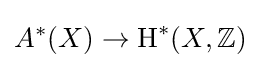
A^{*}(X)\to \operatorname {H} ^{*}(X,\mathbb {Z} )